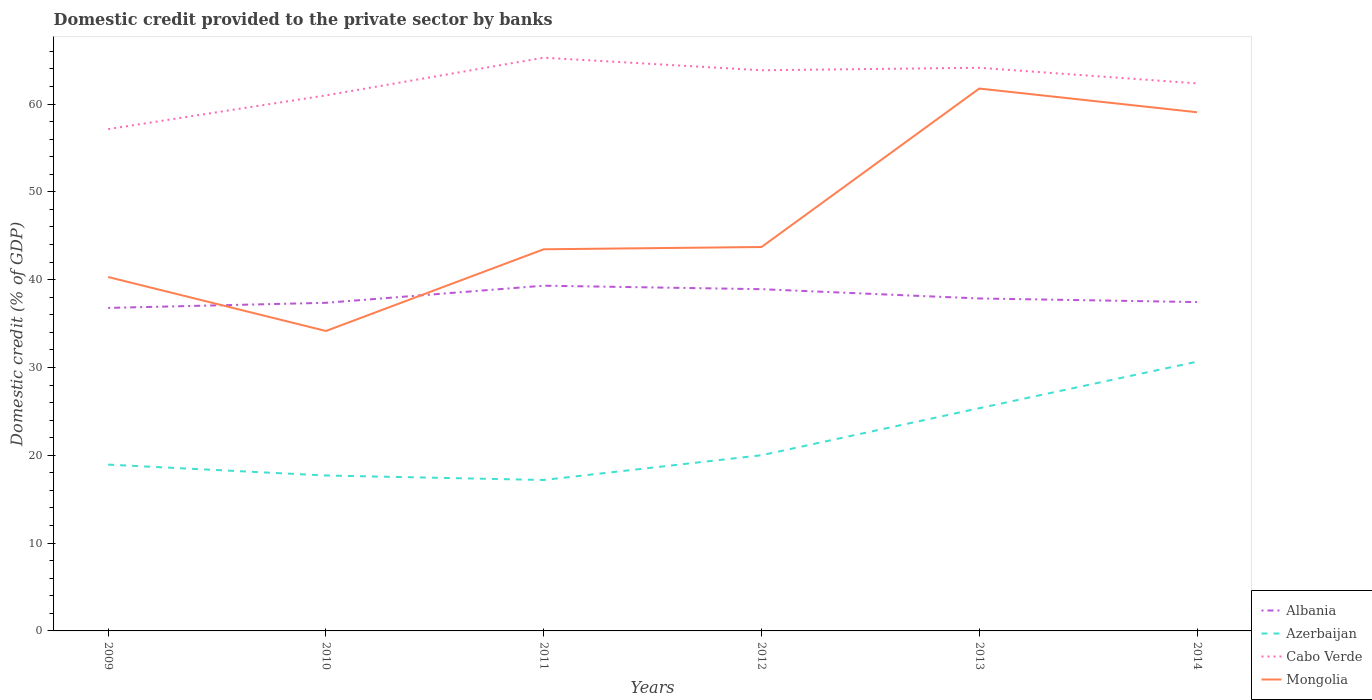
| Years | Albania | Azerbaijan | Cabo Verde | Mongolia |
 | --- | --- | --- | --- | --- |
 | 2009 | 36.8 | 18.9 | 57.1 | 40.3 |
 | 2010 | 37.4 | 17.7 | 61 | 34.2 |
 | 2011 | 39.3 | 17.2 | 65.3 | 43.5 |
 | 2012 | 38.9 | 20 | 63.8 | 43.7 |
 | 2013 | 37.9 | 25.4 | 64.1 | 61.8 |
 | 2014 | 37.4 | 30.7 | 62.4 | 59.1 |